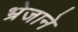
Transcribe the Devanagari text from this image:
भ्रेजाने